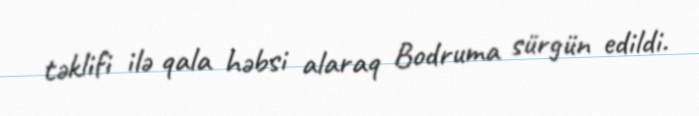
təklifi ilə qala həbsi alaraq Bodruma sürgün edildi.